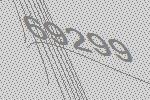
69299